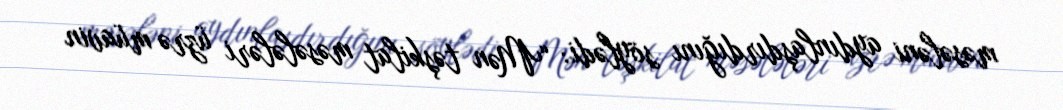
məsələni aydınlaşdırdığını söylədi: “Mən təşkilat məsələləri üzrə müavin